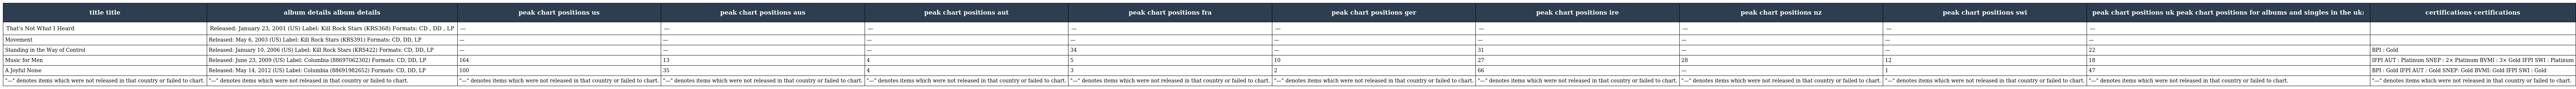
| title title | album details album details | peak chart positions us | peak chart positions aus | peak chart positions aut | peak chart positions fra | peak chart positions ger | peak chart positions ire | peak chart positions nz | peak chart positions swi | peak chart positions uk peak chart positions for albums and singles in the uk: | certifications certifications |
 | --- | --- | --- | --- | --- | --- | --- | --- | --- | --- | --- | --- |
 | That's Not What I Heard | Released: January 23, 2001 (US) Label: Kill Rock Stars (KRS368) Formats: CD , DD , LP | — | — | — | — | — | — | — | — | — |  |
 | Movement | Released: May 6, 2003 (US) Label: Kill Rock Stars (KRS391) Formats: CD, DD, LP | — | — | — | — | — | — | — | — | — |  |
 | Standing in the Way of Control | Released: January 10, 2006 (US) Label: Kill Rock Stars (KRS422) Formats: CD, DD, LP | — | — | — | 34 | — | 31 | — | — | 22 | BPI : Gold |
 | Music for Men | Released: June 23, 2009 (US) Label: Columbia (88697062302) Formats: CD, DD, LP | 164 | 13 | 4 | 5 | 10 | 27 | 28 | 12 | 18 | IFPI AUT : Platinum SNEP : 2× Platinum BVMI : 3× Gold IFPI SWI : Platinum |
 | A Joyful Noise | Released: May 14, 2012 (US) Label: Columbia (88691982652) Formats: CD, DD, LP | 100 | 35 | 4 | 3 | 2 | 66 | — | 1 | 47 | BPI : Gold IFPI AUT : Gold SNEP: Gold BVMI: Gold IFPI SWI : Gold |
 | "—" denotes items which were not released in that country or failed to chart. | "—" denotes items which were not released in that country or failed to chart. | "—" denotes items which were not released in that country or failed to chart. | "—" denotes items which were not released in that country or failed to chart. | "—" denotes items which were not released in that country or failed to chart. | "—" denotes items which were not released in that country or failed to chart. | "—" denotes items which were not released in that country or failed to chart. | "—" denotes items which were not released in that country or failed to chart. | "—" denotes items which were not released in that country or failed to chart. | "—" denotes items which were not released in that country or failed to chart. | "—" denotes items which were not released in that country or failed to chart. | "—" denotes items which were not released in that country or failed to chart. |